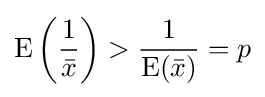
\mathrm {E} \left({\frac {1}{\bar {x}}}\right)>{\frac {1}{\mathrm {E} ({\bar {x}})}}=p